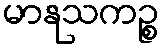
မာနုသကဉ္စ